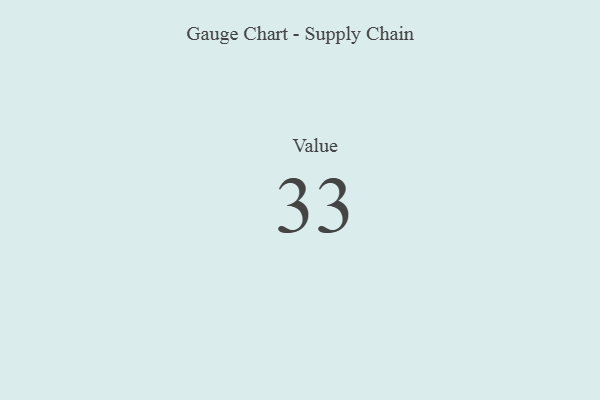
{"axis": {"x": "Metric", "y": "Value"}, "legend": [""], "data": [{"x": "Value", "y": 33, "type": ""}]}